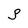
Character: S